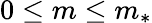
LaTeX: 0\leq m\leq m_{*}